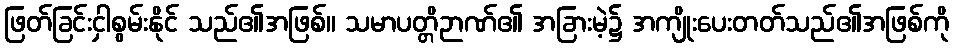
ဖြတ်ခြင်းငှါစွမ်းနိုင် သည်၏အဖြစ်။ သမာပတ္တိဉာဏ်၏ အခြားမဲ့၌ အကျိုးပေးတတ်သည်၏အဖြစ်ကို